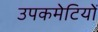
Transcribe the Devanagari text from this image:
उपकमेटियों